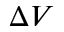
\Delta V